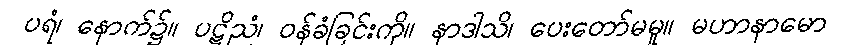
ပရံ၊ နောက်၌။ ပဋိညံ၊ ဝန်ခံခြင်းကို။ နာဒါသိ၊ ပေးတော်မမူ။ မဟာနာမော